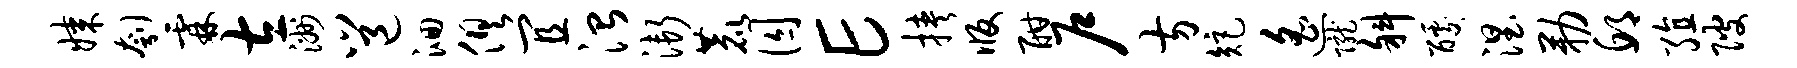
媒刳霖左洲邕洄俱宜治渐鹿囚E挟版酣户方矩遥陇斜醵涅勒邱殖陂